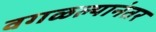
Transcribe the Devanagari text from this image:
वगळल्यानंतर